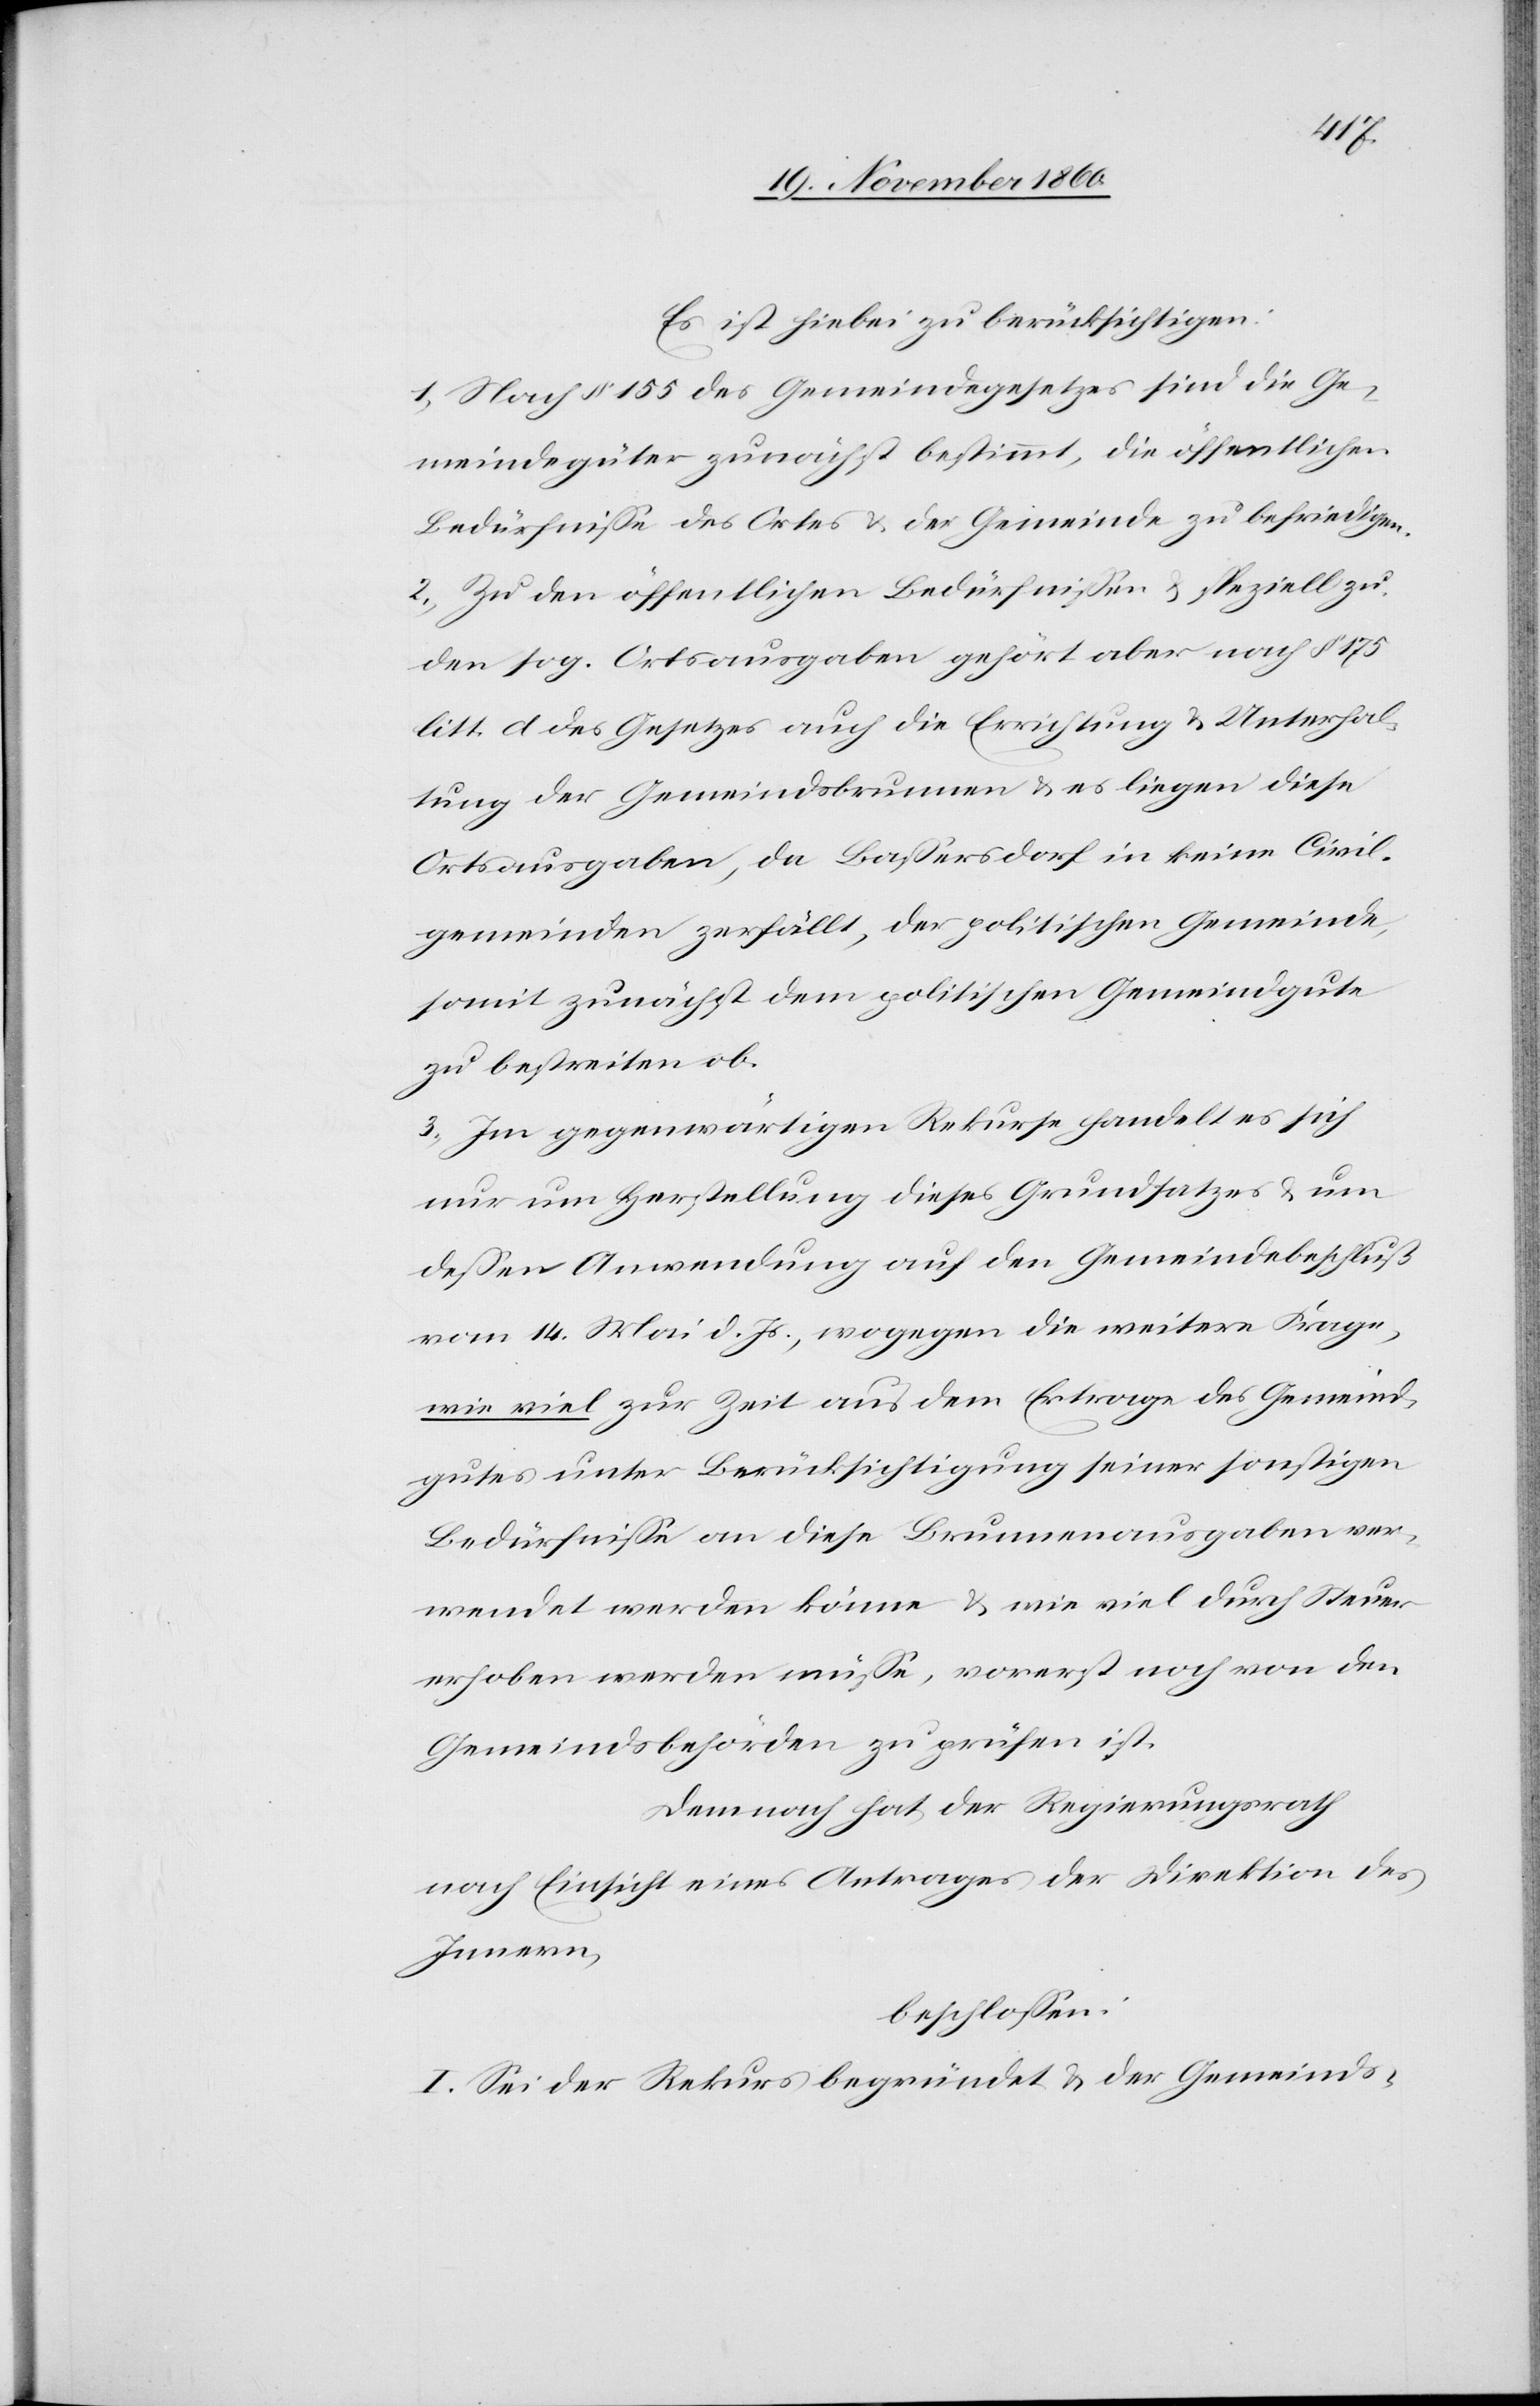
Es ist hiebei zu berücksichtigen:
1. Nach § 155 des Gemeindegesetzes sind die Ge¬
meindegüter zunächst bestimmt, die öffentlichen
Bedürfnisse des Ortes u. der Gemeinde zu befriedigen.
2. Zu den öffentlichen Bedürfnissen u. speziell zu
den sog. Ortsausgaben gehört aber nach § 175
litt. d des Gesetzes auch die Errichtung u. Unterhal¬
tung der Gemeindsbrunnen u. es liegen diese
Ortsausgaben, da Bassersdorf in keine Civil¬
gemeinden zerfällt, der politischen Gemeinde,
somit zunächst dem politischen Gemeindgute
zu bestreiten ob.
3. Im gegenwärtigen Rekurse handelt es sich
nur um Herstellung dieses Grundsatzes u. um
dessen Anwendung auf den Gemeindebeschluß
vom 14. Mai d. Js., wogegen die weitere Frage,
wie viel zur Zeit aus dem Ertrage des Gemeind¬
gutes unter Berücksichtigung seiner sonstigen
Bedürfnisse an diese Brunnenausgaben ver¬
wendet werden könne u. wie viel durch Steuer
erhoben werden müsse, vorerst noch von den
Gemeindsbehörden zu prüfen ist.
Demnach hat der Regierungsrath
nach Einsicht eines Antrages der Direktion des
Innern,
beschlossen:
I. Sei der Rekurs begründet u. der Gemeinds-